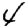
Digit: 4